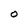
Character: O